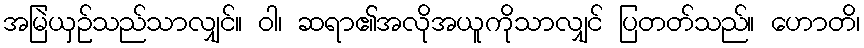
အမြဲယှဉ်သည်သာလျှင်။ ဝါ၊ ဆရာ၏အလိုအယူကိုသာလျှင် ပြတတ်သည်။ ဟောတိ၊